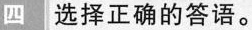
四、选择正确的答语。